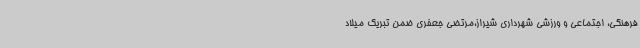
فرهنگی، اجتماعی و ورزشی شهرداری شیراز،مرتضی جعفری ضمن تبریک میلاد